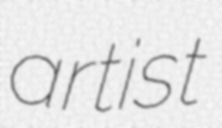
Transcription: artist